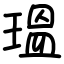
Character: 瑥